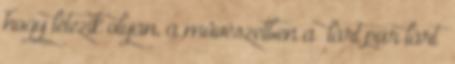
hogy létezik olyan, a mûvészetben a “lárt pur lárt”